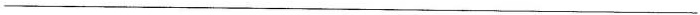
___